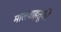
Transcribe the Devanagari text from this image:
मालवाहतूकी